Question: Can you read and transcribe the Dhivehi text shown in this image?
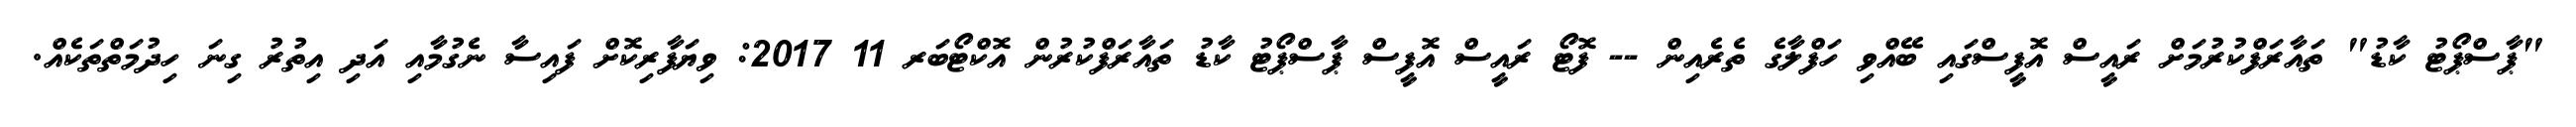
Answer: "ޕާސްޕޯޓު ކާޑު" ތައާރަފްކުރުމަށް ރައީސް އޮފީސްގައި ބޭއްވި ހަފްލާގެ ތެރެއިން -- ފޮޓޯ ރައީސް އޮފީސް ޕާސްޕޯޓު ކާޑު ތައާރަފްކުރުން އޮކްޓޯބަރ 11 2017: ވިޔަފާރިކޮށް ފައިސާ ނެގުމާއި އަދި އިތުރު ގިނަ ހިދުމަތްތަކެއް.